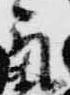
気